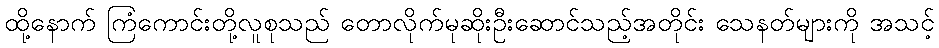
ထို့နောက် ကြံကောင်းတို့လူစုသည် တောလိုက်မုဆိုးဦးဆောင်သည့်အတိုင်း သေနတ်များကို အသင့်